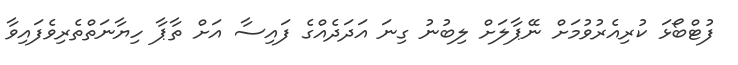
ފުޓްބޯޅަ ކުރިއެރުވުމަށް ނޭޕާލަށް ލިބުނު ގިނަ އަދަދެއްގެ ފައިސާ އަށް ތާޕާ ހިޔާނަތްތެރިވެފައިވާ